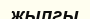
жылгы